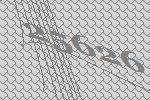
25626